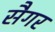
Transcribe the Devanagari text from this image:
सैगर